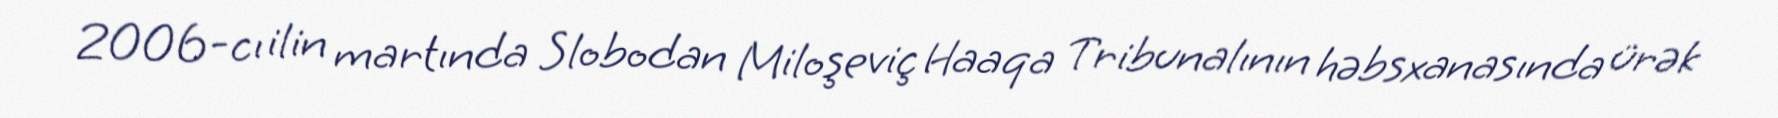
2006-cı ilin martında Slobodan Miloşeviç Haaqa Tribunalının həbsxanasında ürək